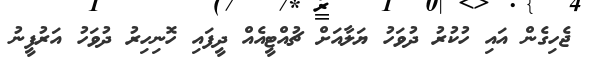
ޖެހިގެން އައި ހުކުރު ދުވަހު ޔަލާއަށް ޗުއްޓީއެއް ދީފައި ހޮނިހިރު ދުވަހު އަރުފީނު